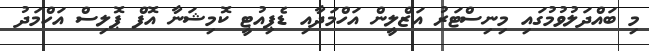
މި ބައްދަލުވުމުގައި މިނިސްޓަރު އަޒްލީން އަހްމަދާއި ޑެޕިއުޓީ ކޮމިޝަނާ އޮފް ޕޮލިސް އަހްމަދު